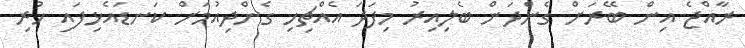
ރާއްޖެ އިން ބޭރަށް ގެންދަން ބެލިއިރު މިފަދަ އެއްޗިހި ގެންދިއުމަށް ކަނޑައެޅިފައި ހުރި